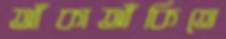
আঁকাআঁকিতে